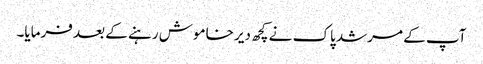
آپ کے مرشد پاک نے کچھ دیر خاموش رہنے کے بعد فرمایا۔